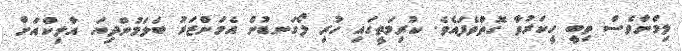
ލިމްނާވެސް ތިބީ ހީކަރުވާ ގޮތްވެފައެވެ. ކުރިމަތީގައި ހުރި ލޯގަނޑުން އެމަންޒަރު ބަލަމުންދިޔަ އާލިކްއަށް